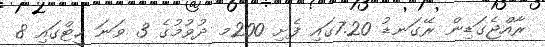
ރާއްޖެގަޑިން ރޭގަނޑު 7.20ގައި ފެށި 200މ ދުވުމުގެ 3 ވަނަ ހީޓްގައި 8